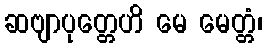
ဆဗျာပုတ္တေဟိ မေ မေတ္တံ၊